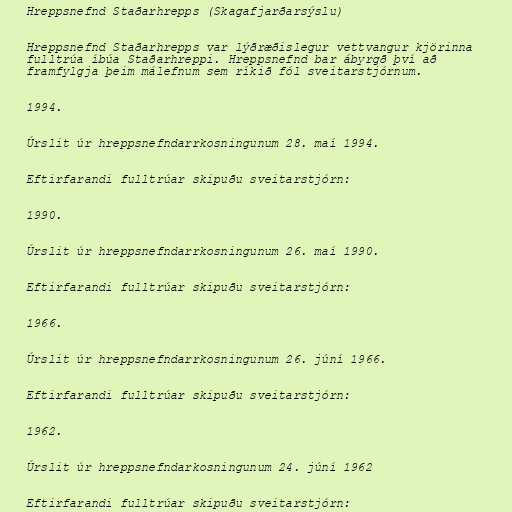
Hreppsnefnd Staðarhrepps (Skagafjarðarsýslu)

Hreppsnefnd Staðarhrepps var lýðræðislegur vettvangur kjörinna
fulltrúa íbúa Staðarhreppi. Hreppsnefnd bar ábyrgð því að
framfylgja þeim málefnum sem ríkið fól sveitarstjórnum.

1994.

Úrslit úr hreppsnefndarrkosningunum 28. maí 1994.

Eftirfarandi fulltrúar skipuðu sveitarstjórn:

1990.

Úrslit úr hreppsnefndarrkosningunum 26. maí 1990.

Eftirfarandi fulltrúar skipuðu sveitarstjórn:

1966.

Úrslit úr hreppsnefndarrkosningunum 26. júní 1966.

Eftirfarandi fulltrúar skipuðu sveitarstjórn:

1962.

Úrslit úr hreppsnefndarkosningunum 24. júní 1962

Eftirfarandi fulltrúar skipuðu sveitarstjórn: